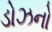
ડોઝનો